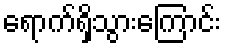
ရောက်ရှိသွားကြောင်း